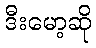
ဒီးမော့ဆို